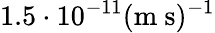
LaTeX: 1.5\cdot 10^{-11}(\mathrm{m~s})^{-1}